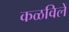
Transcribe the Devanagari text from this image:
कळविलें